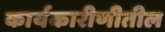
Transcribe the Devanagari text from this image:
कार्यकारीणीतील